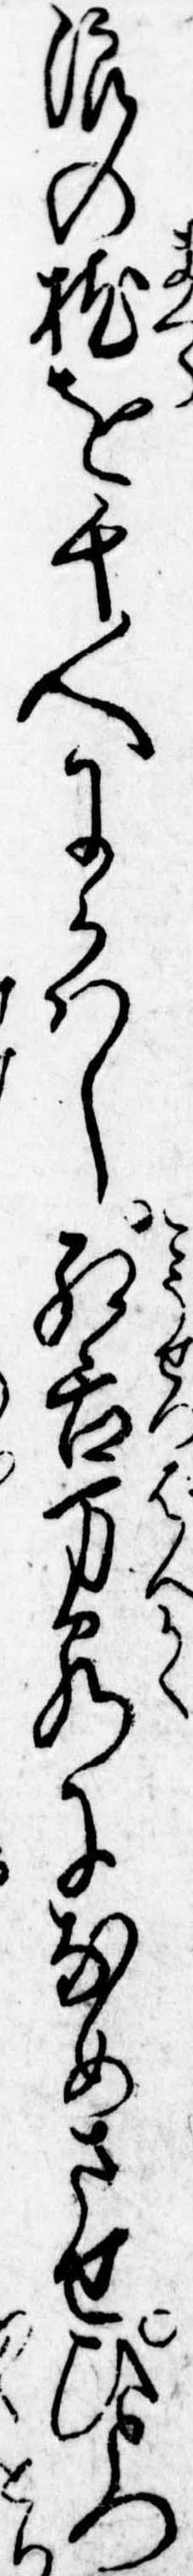
浪の枕を千人にかはし紅舌万客になめさせひとつ